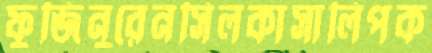
ফুজিনুরেনসিলকাসালিপক